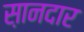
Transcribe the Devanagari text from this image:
स़ानदार